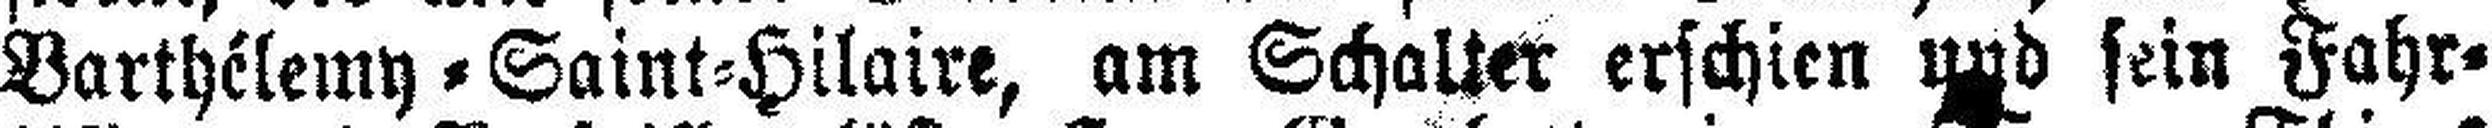
Barthélemy = Saint=Hilaire, am Schalter erschien und sein Fahr¬